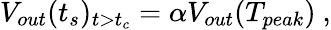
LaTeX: V_{out}(t_{s})_{t>t_{c}}=\alpha V_{out}(T_{peak})~,